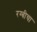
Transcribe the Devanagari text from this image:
रग्बीचा